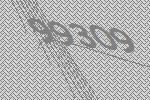
99309